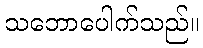
သဘောပေါက်သည်။